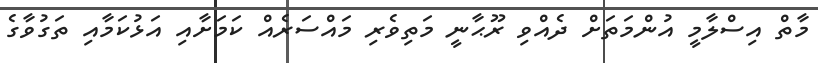
މާތް އިސްލާމީ އުންމަތަށް ދެއްވި ރޫޙާނީ މަތިވެރި މައްސަރެއް ކަމަށާއި އަޅުކަމާއި ތަގުވާގެ